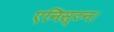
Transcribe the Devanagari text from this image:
एनिस्टन।